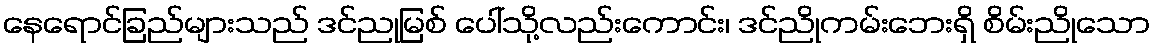
နေရောင်ခြည်များသည် ဒင်ညုမြစ် ပေါ်သို့လည်းကောင်း၊ ဒင်ညိုကမ်းဘေးရှိ စိမ်းညိုသော